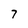
Character: 7